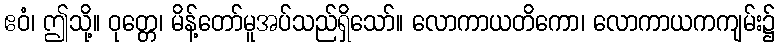
ဧဝံ၊ ဤသို့။ ဝုတ္တေ၊ မိန့်တော်မူအပ်သည်ရှိသော်။ လောကာယတိကော၊ လောကာယကကျမ်း၌